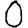
Digit: 0